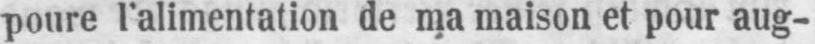
poure l’alimentation de ma maison et pour aug-